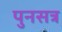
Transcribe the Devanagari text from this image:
पुनसत्र